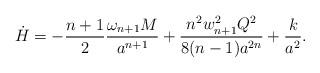
LaTeX: \begin{align*}\dot{H}=-{{n+1}\over 2}{{\omega_{n+1}M}\over{a^{n+1}}}+{{n^2w^2_{n+1}Q^2}\over{8(n-1)a^{2n}}}+{k\over a^2}.\end{align*}